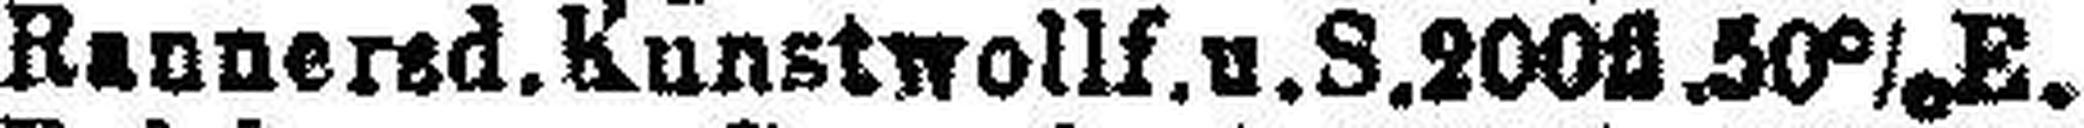
Rannered. Kunstwollf.u. S. 200fl.50% E.